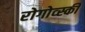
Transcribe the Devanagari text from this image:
रोगोव्स्की